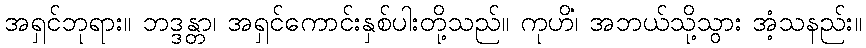
အရှင်ဘုရား။ ဘဒ္ဒန္တာ၊ အရှင်ကောင်းနှစ်ပါးတို့သည်။ ကုဟိံ၊ အဘယ်သို့သွား အံ့သနည်း။